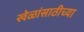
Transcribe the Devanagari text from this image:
खेळांसाठीच्या